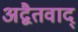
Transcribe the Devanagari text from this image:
अद्वैतवाद्